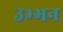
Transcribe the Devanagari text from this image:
उभ्भन